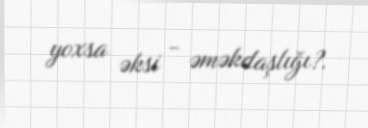
yoxsa əksi - əməkdaşlığı?.